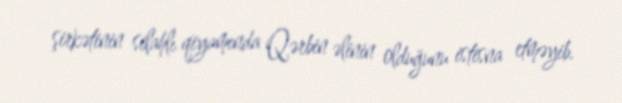
şirkətinin silahlı qiyamında Qərbin əlinin olduğunu istisna etməyib.